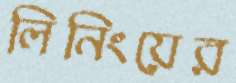
লিনিংয়ের